Lunatic asylums in Bengal annual reports 1888-1898 - 1888-1898
Year: 1888
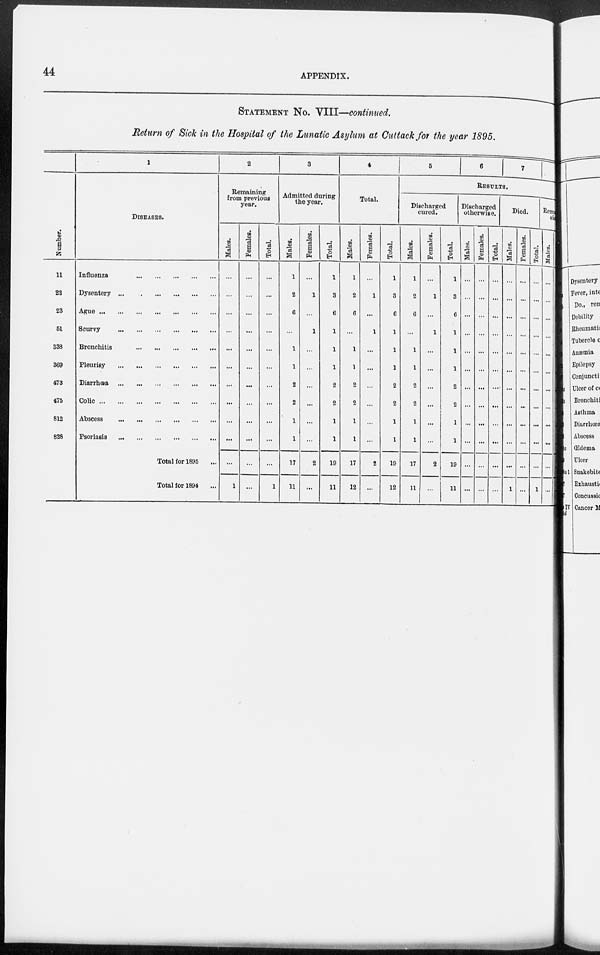
44
APPENDIX.
STATEMENT NO. VIII—continued.
Return of Sick in the Hospital of the Lunatic Asylum at Cuttack for the year 1895.
Number.
11
22
23
51
S33
369
473
475
812
828
1
DISEASES.
Influenza
Dysentery
Ague
Scurvy
Bronchitis
Pleurisy
Diarrhœa
Colic
Abscess
...
...
...
Psoriasis
Total for 1895 ...
Total for 1894 ..
2
Remaining
from previous
year.
Males.
...
...
...
...
...
...
...
...
...
...
...
1
Females.
...
...
...
...
...
...
...
...
...
...
...
...
Total.
...
...
...
...
...
...
...
...
...
...
...
1
3
Admitted during
the year.
Males.
1
2
6
...
1
1
2
2
1
1
17
11
Females.
...
1
...
1
...
...
...
...
...
...
2
...
Total.
1
3
6
1
1
1
2
2
1
1
19
11
4
Total.
Males.
1
2
6
...
1
1
2
2
1
1
17
12
Females.
...
1
...
1
...
...
...
...
...
...
2
...
Total.
1
3
6
1
1
1
2
2
1
1
19
12
5
6
7
RESULTS.
Discharged
cured.
Males.
1
2
6
...
1
1
2
2
1
1
17
11
Females.
...
1
...
1
...
...
...
...
...
...
2
...
Total.
1
3
6
1
1
1
2
2
1
1
19
11
Discharged
otherwise.
Males.
...
...
...
...
...
...
...
...
...
...
...
...
Females.
...
...
...
...
...
...
...
...
...
...
...
...
Total.
...
...
...
...
...
...
...
...
...
...
...
Died.
Males.
...
...
...
...
...
...
...
...
...
...
...
1
Females.
...
...
...
...
...
...
...
...
...
...
...
...
Total.
...
...
...
...
...
...
...
...
...
...
...
1
Remaining
sick
Males.
...
...
...
...
...
...
...
...
...
...
...
...